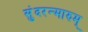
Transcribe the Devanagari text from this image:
सुंदरन्मारुम्